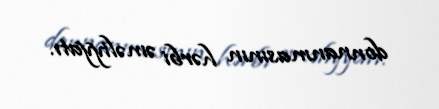
donnanmasının hərbi əməliyyatı.